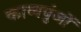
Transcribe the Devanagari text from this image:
काव्यपुंजों